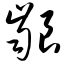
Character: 龈